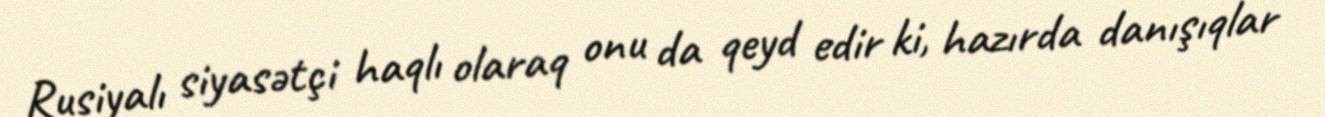
Rusiyalı siyasətçi haqlı olaraq onu da qeyd edir ki, hazırda danışıqlar